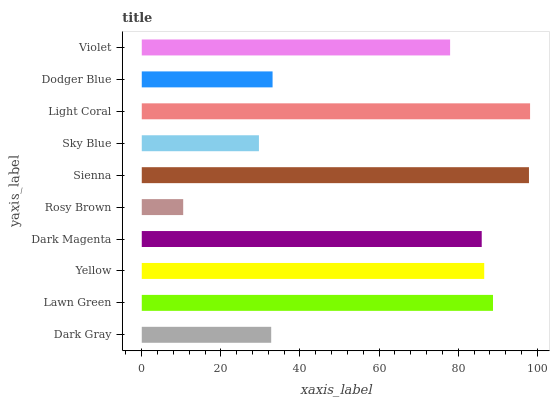
| yaxis_label | bars |
 | --- | --- |
 | Dark Gray | 32.7 |
 | Lawn Green | 88.8 |
 | Yellow | 86.6 |
 | Dark Magenta | 85.9 |
 | Rosy Brown | 10.5 |
 | Sienna | 97.9 |
 | Sky Blue | 29.6 |
 | Light Coral | 98.2 |
 | Dodger Blue | 33.1 |
 | Violet | 78 |